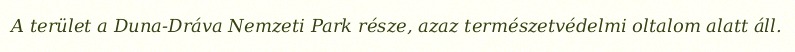
A terület a Duna-Dráva Nemzeti Park része, azaz természetvédelmi oltalom alatt áll.